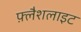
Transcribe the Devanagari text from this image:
फ़्लैशलाइट